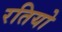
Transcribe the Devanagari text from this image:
रतियो